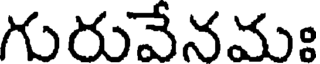
గురువేనమః